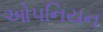
ઓપનિયન